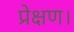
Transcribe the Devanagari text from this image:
प्रेक्षण।